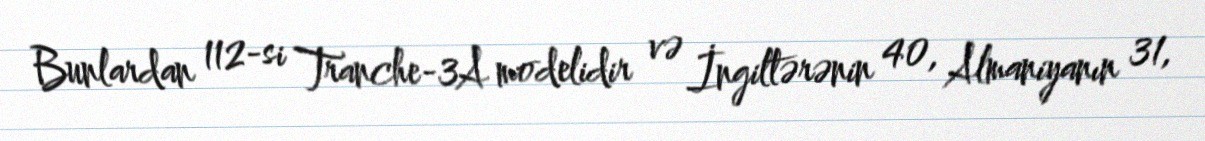
Bunlardan 112-si Tranche-3A modelidir və İngiltərənin 40, Almaniyanın 31,